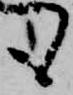
も